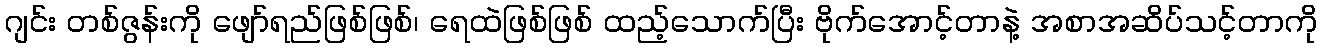
ဂျင်း တစ်ဇွန်းကို ဖျော်ရည်ဖြစ်ဖြစ်၊ ရေထဲဖြစ်ဖြစ် ထည့်သောက်ပြီး ဗိုက်အောင့်တာနဲ့ အစာအဆိပ်သင့်တာကို